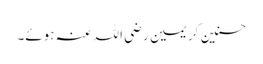
حسنین کریمین رضی اللہ عنہ ہوئے۔